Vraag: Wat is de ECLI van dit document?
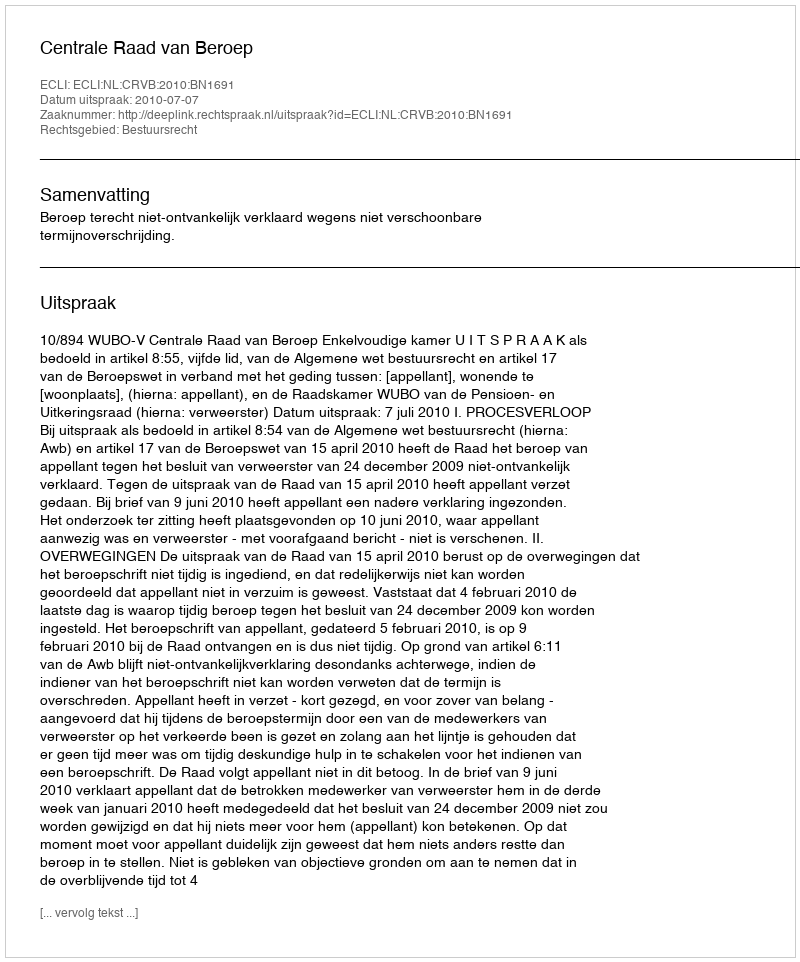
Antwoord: ECLI:NL:CRVB:2010:BN1691